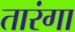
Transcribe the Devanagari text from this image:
तारंगा